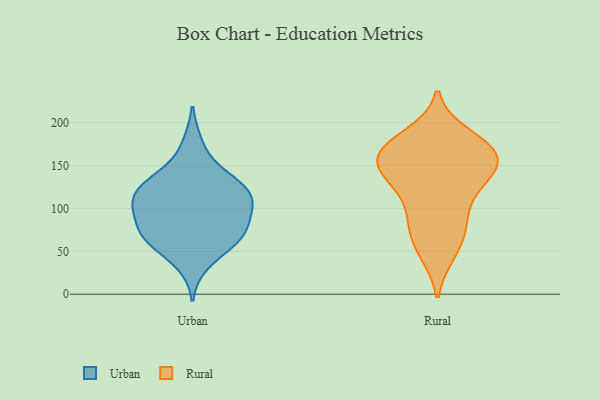
{"axis": {"x": "Churn Rate (%)", "y": "Value"}, "legend": ["Rural", "Urban"], "data": [{"x": "", "y": 65, "type": "Urban"}, {"x": "", "y": 95, "type": "Urban"}, {"x": "", "y": 176, "type": "Urban"}, {"x": "", "y": 112, "type": "Urban"}, {"x": "", "y": 79, "type": "Urban"}, {"x": "", "y": 75, "type": "Urban"}, {"x": "", "y": 106, "type": "Urban"}, {"x": "", "y": 122, "type": "Urban"}, {"x": "", "y": 104, "type": "Urban"}, {"x": "", "y": 144, "type": "Urban"}, {"x": "", "y": 66, "type": "Urban"}, {"x": "", "y": 57, "type": "Urban"}, {"x": "", "y": 133, "type": "Urban"}, {"x": "", "y": 121, "type": "Urban"}, {"x": "", "y": 65, "type": "Urban"}, {"x": "", "y": 98, "type": "Urban"}, {"x": "", "y": 35, "type": "Urban"}, {"x": "", "y": 128, "type": "Urban"}, {"x": "", "y": 169, "type": "Rural"}, {"x": "", "y": 81, "type": "Rural"}, {"x": "", "y": 137, "type": "Rural"}, {"x": "", "y": 141, "type": "Rural"}, {"x": "", "y": 184, "type": "Rural"}, {"x": "", "y": 81, "type": "Rural"}, {"x": "", "y": 154, "type": "Rural"}, {"x": "", "y": 128, "type": "Rural"}, {"x": "", "y": 154, "type": "Rural"}, {"x": "", "y": 92, "type": "Rural"}, {"x": "", "y": 49, "type": "Rural"}, {"x": "", "y": 171, "type": "Rural"}, {"x": "", "y": 174, "type": "Rural"}, {"x": "", "y": 53, "type": "Rural"}, {"x": "", "y": 167, "type": "Rural"}, {"x": "", "y": 156, "type": "Rural"}, {"x": "", "y": 122, "type": "Rural"}]}